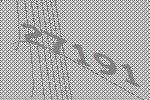
27191